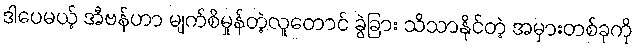
ဒါပေမယ့် အီဗန်ဟာ မျက်စိမှုန်တဲ့လူတောင် ခွဲခြား သိသာနိုင်တဲ့ အမှားတစ်ခုကို